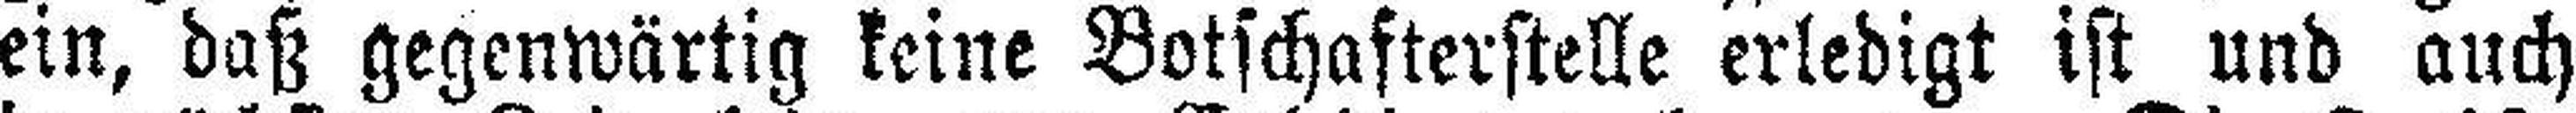
ein, daß gegenwärtig keine Botschafterstelle erledigt ist und auch